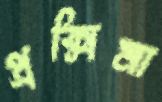
প্রক্সিমা